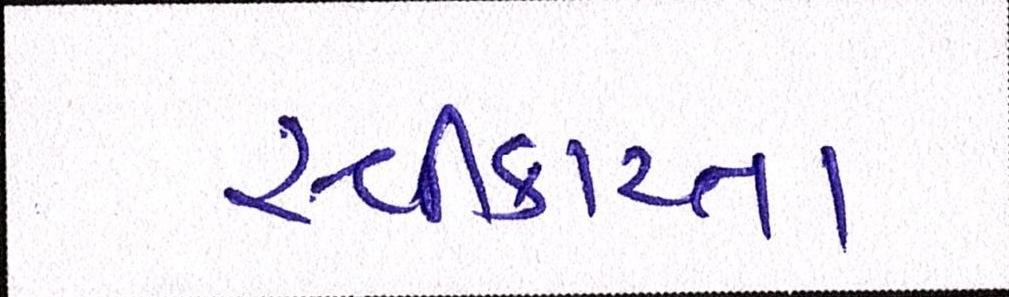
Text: સ્વીકારતા